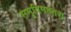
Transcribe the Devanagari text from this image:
समृदिमहतरा